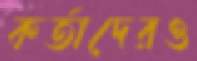
কর্তাদেরও